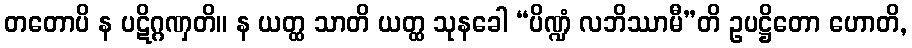
တတောပိ န ပဋိဂ္ဂဏှတိ။ န ယတ္ထ သာတိ ယတ္ထ သုနခေါ “ပိဏ္ဍံ လဘိဿာမီ”တိ ဥပဋ္ဌိတော ဟောတိ,